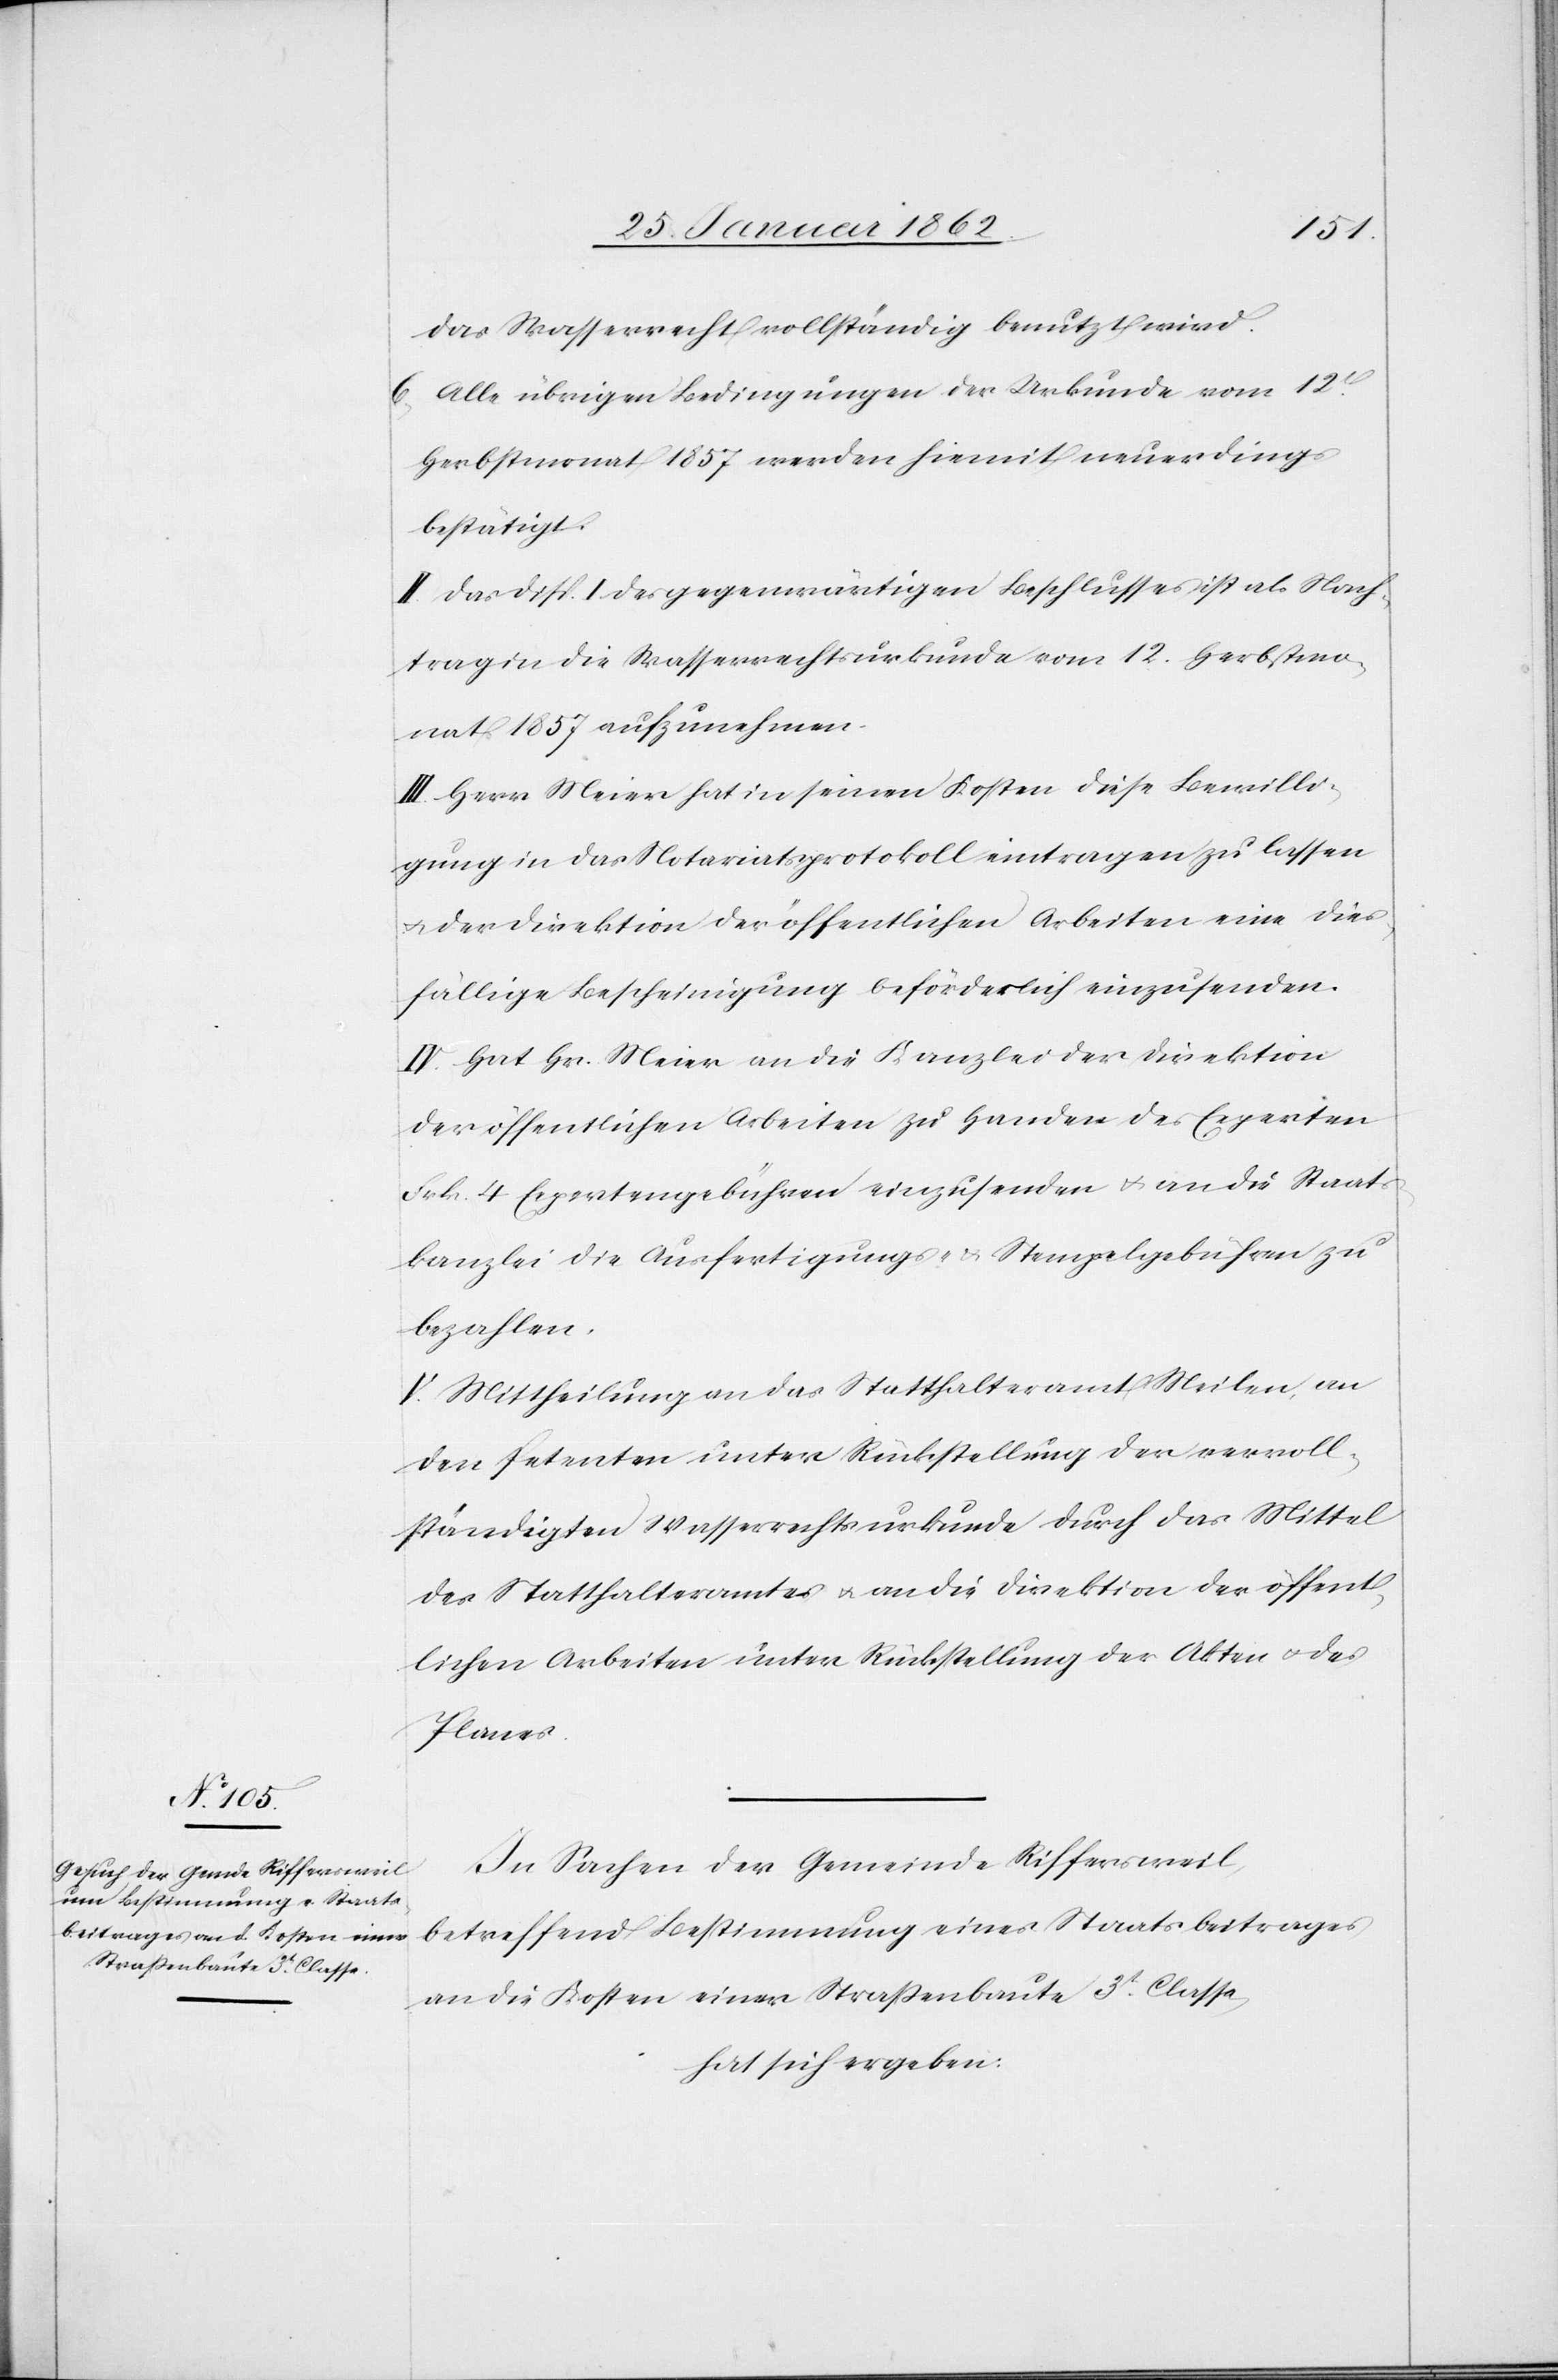
das Wasserrecht vollständig benutzt wird.
6) Alle übrigen Bedingungen der Urkunde vom 12t.
Herbstmonat 1857 werden hiemit neuerdings
bestätigt.
II. Das Disp. I des gegenwärtigen Beschlusses ist als Nach¬
trag in die Wasserrechtsurkunde vom 12. Herbstmo¬
nat 1857 aufzunehmen.
III. Herr Meier hat in seinen Kosten diese Bewilli¬
gung in das Notariatsprotokoll eintragen zu lassen
u. der Direktion der öffentlichen Arbeiten eine dies¬
fällige Bescheinigung beförderlich einzusenden.
IV. Hat Hr. Meier an die Kanzlei der Direktion
der öffentlichen Arbeiten zu Handen des Experten
Frk. 4 Expertengebühren einzusenden u. an die Staats¬
kanzlei die Ausfertigungs- & Stempelgebühren zu
bezahlen.
V. Mittheilung an das Statthalteramt Meilen, an
den Petenten unter Rückstellung der vervoll¬
ständigten Wasserrechtsurkunde durch das Mittel
des Statthalteramtes u. an die Direktion der öffent¬
lichen Arbeiten unter Rückstellung der Akten u. des
Planes.
In Sachen der Gemeinde Riffersweil,
betreffend Bestimmung eines Staatsbeitrages
an die Kosten einer Straßenbaute 3t. Classe,
hat sich ergeben: